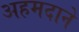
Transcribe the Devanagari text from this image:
अहमदाने